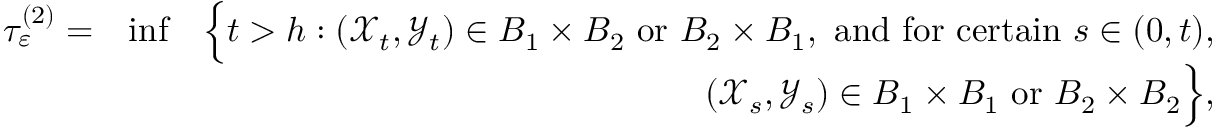
\begin{array} { r l r } { \tau _ { \varepsilon } ^ { ( 2 ) } = } & { \operatorname* { i n f } } & { \Big \{ t > h : ( { \mathcal X } _ { t } , { \mathcal Y } _ { t } ) \in B _ { 1 } \times B _ { 2 } \ \mathrm { o r } \ B _ { 2 } \times B _ { 1 } , \ \mathrm { a n d ~ f o r ~ c e r t a i n } \ s \in ( 0 , t ) , } \\ & { } & { ( { \mathcal X } _ { s } , { \mathcal Y } _ { s } ) \in B _ { 1 } \times B _ { 1 } \ \mathrm { o r } \ B _ { 2 } \times B _ { 2 } \Big \} , } \end{array}